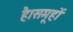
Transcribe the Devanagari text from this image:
है।समूहों